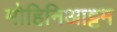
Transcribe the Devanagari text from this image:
मोहिनिआट्टम